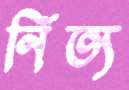
নিত্য